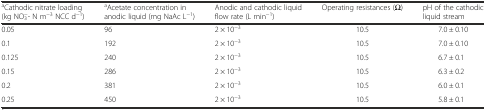
| aCathodic nitrate loading (kg NO3−- N m−3 NCC d−1) | aAcetate concentration in anodic liquid (mg NaAc L−1) | Anodic and cathodic liquid flow rate (L min−1) | Operating resistances (Ω) | pH of the cathodic liquid stream |
 | --- | --- | --- | --- | --- |
 | 0.05 | 96 | 2 × 10−3 | 10.5 | 7.0 ± 0.10 |
 | 0.1 | 192 | 2 × 10−3 | 10.5 | 7.0 ± 0.10 |
 | 0.125 | 240 | 2 × 10−3 | 10.5 | 6.7 ± 0.1 |
 | 0.15 | 286 | 2 × 10−3 | 10.5 | 6.3 ± 0.2 |
 | 0.2 | 381 | 2 × 10−3 | 10.5 | 6.0 ± 0.1 |
 | 0.25 | 450 | 2 × 10−3 | 10.5 | 5.8 ± 0.1 |